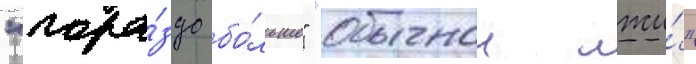
"гора́здо бо́льше" "обычнои лжи́"